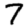
Digit: 7